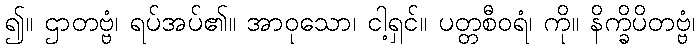
၍။ ဌာတဗ္ဗံ၊ ရပ်အပ်၏။ အာဝုသော၊ ငါ့ရှင်။ ပတ္တစီဝရံ၊ ကို။ နိက္ခိပိတဗ္ဗံ၊